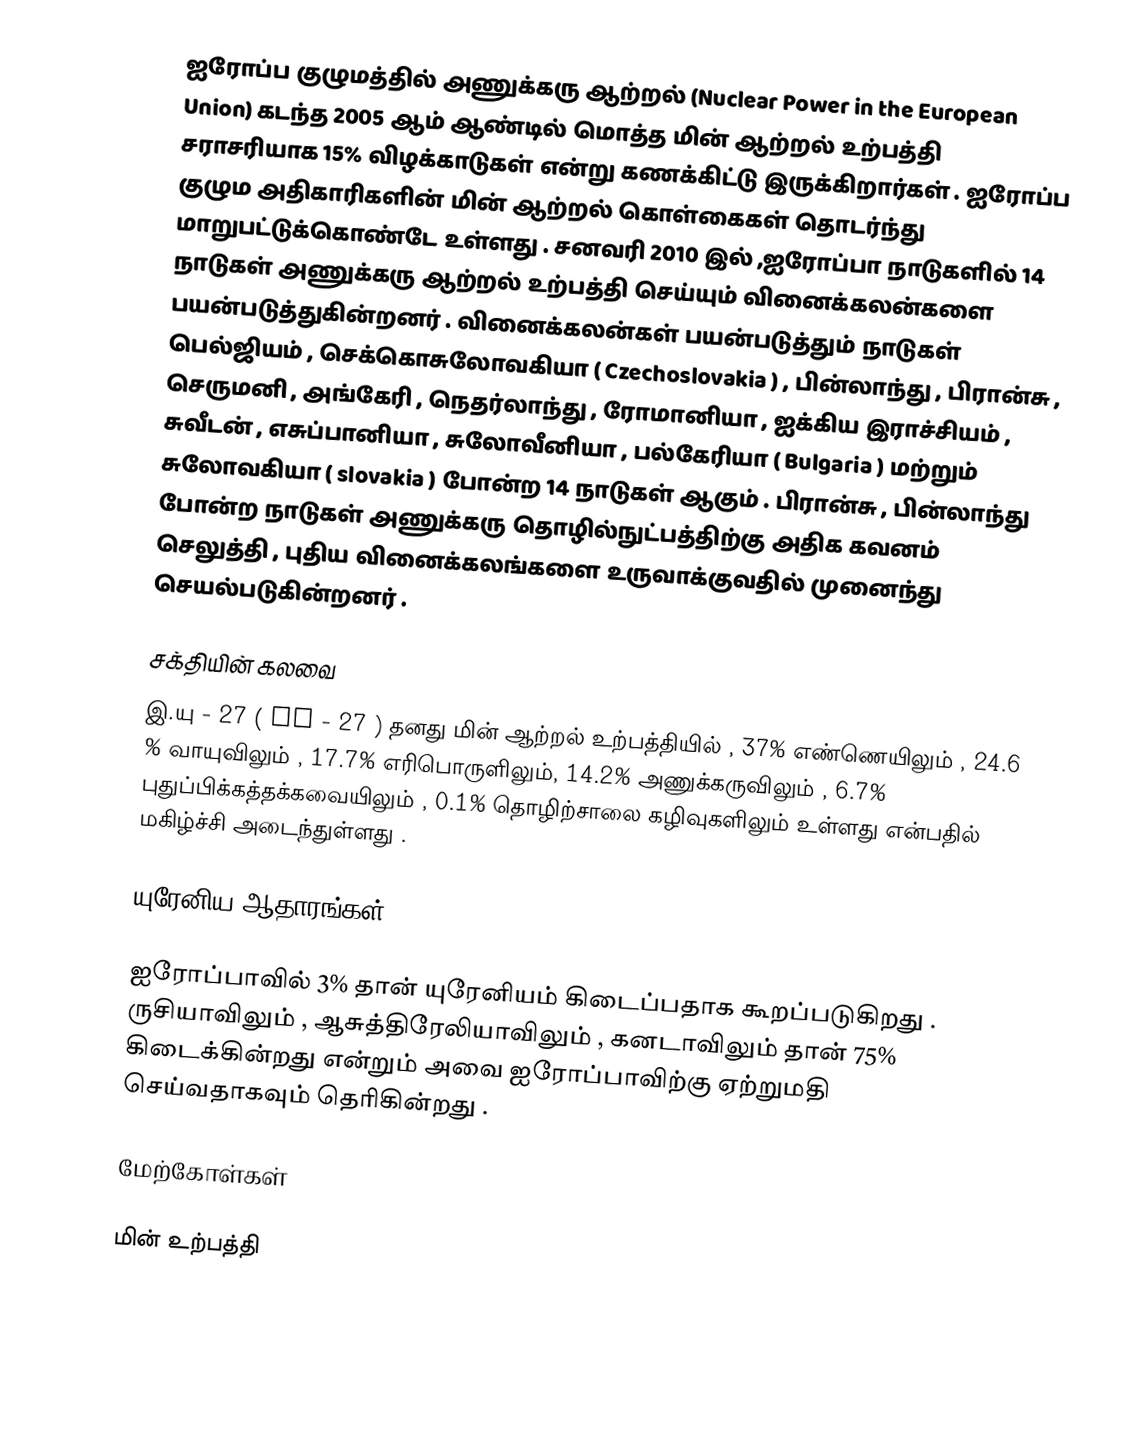
ஐரோப்ப குழுமத்தில் அணுக்கரு ஆற்றல் (Nuclear Power in the European Union) கடந்த 2005 ஆம் ஆண்டில் மொத்த மின் ஆற்றல் உற்பத்தி சராசரியாக 15% விழக்காடுகள் என்று கணக்கிட்டு இருக்கிறார்கள் . ஐரோப்ப குழும அதிகாரிகளின் மின் ஆற்றல் கொள்கைகள் தொடர்ந்து மாறுபட்டுக்கொண்டே உள்ளது . சனவரி 2010 இல் ,ஐரோப்பா நாடுகளில் 14 நாடுகள் அணுக்கரு ஆற்றல் உற்பத்தி செய்யும் வினைக்கலன்களை பயன்படுத்துகின்றனர் . வினைக்கலன்கள் பயன்படுத்தும் நாடுகள் பெல்ஜியம் , செக்கொசுலோவகியா ( Czechoslovakia ) , பின்லாந்து , பிரான்சு , செருமனி , அங்கேரி , நெதர்லாந்து , ரோமானியா , ஐக்கிய இராச்சியம் , சுவீடன் , எசுப்பானியா , சுலோவீனியா , பல்கேரியா ( Bulgaria ) மற்றும் சுலோவகியா ( slovakia ) போன்ற 14 நாடுகள் ஆகும் . பிரான்சு , பின்லாந்து போன்ற நாடுகள் அணுக்கரு தொழில்நுட்பத்திற்கு அதிக கவனம் செலுத்தி , புதிய வினைக்கலங்களை உருவாக்குவதில் முனைந்து செயல்படுகின்றனர் .

சக்தியின் கலவை
இ.யு - 27 ( EU - 27 ) தனது மின் ஆற்றல் உற்பத்தியில் , 37% எண்ணெயிலும் , 24.6 % வாயுவிலும் , 17.7% எரிபொருளிலும், 14.2% அணுக்கருவிலும் , 6.7% புதுப்பிக்கத்தக்கவையிலும் , 0.1% தொழிற்சாலை கழிவுகளிலும் உள்ளது என்பதில் மகிழ்ச்சி அடைந்துள்ளது .

யுரேனிய ஆதாரங்கள்

ஐரோப்பாவில் 3% தான் யுரேனியம் கிடைப்பதாக கூறப்படுகிறது . ருசியாவிலும் , ஆசுத்திரேலியாவிலும் , கனடாவிலும் தான் 75% கிடைக்கின்றது என்றும் அவை ஐரோப்பாவிற்கு ஏற்றுமதி செய்வதாகவும் தெரிகின்றது .

மேற்கோள்கள்

மின் உற்பத்தி